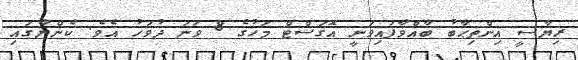
ރިޔާސީ އިންތިޙާބު ބާއްވާފައިވަނީ އޮގަސްޓް މަހުގެ 8 ވަނަ ދުވަހު އެވެ. ކެންޔާގައި